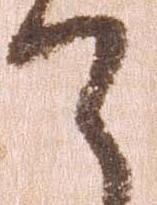
て